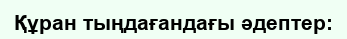
Құран тыңдағандағы әдептер: